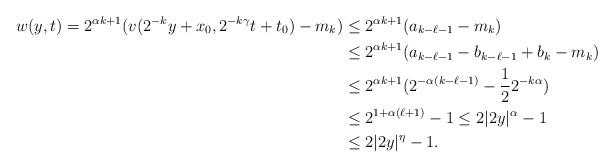
LaTeX: \begin{align*}w(y,t)= 2^{\alpha k+1}(v(2^{-k}y+x_0,2^{-k\gamma}t+t_0)-m_k)&\leq 2^{\alpha k+1}(a_{k-\ell-1}-m_k)\\&\leq 2^{\alpha k+1}(a_{k-\ell-1}-b_{k-\ell-1}+b_{k}-m_k)\\&\leq 2^{\alpha k+1}(2^{-\alpha(k-\ell-1)}-\frac12 2^{-k\alpha})\\&\leq 2^{1+\alpha(\ell+1)}-1\leq 2|2y|^\alpha-1\\&\leq 2|2y|^\eta-1.\end{align*}